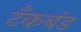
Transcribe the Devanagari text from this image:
टॅंकबंड